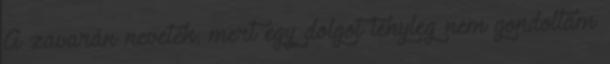
A zavarán nevetek, mert egy dolgot tényleg nem gondoltam